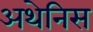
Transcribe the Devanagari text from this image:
अथेनिस